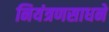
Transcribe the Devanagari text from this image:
नियंत्रणसाधने